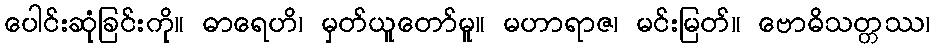
ပေါင်းဆုံခြင်းကို။ ဓာရေဟိ၊ မှတ်ယူတော်မူ။ မဟာရာဇ၊ မင်းမြတ်။ ဗောဓိသတ္တဿ၊